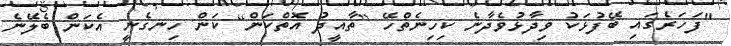
"ފަހަރެގައި ބޭފުޅަކު ވިދާޅުވެދާނެ ކިހިނެތްހޭ [ތާއީދު އޮތްކަން] ކަން ހިނގެނީ އެކަން ބެލޭނެ